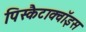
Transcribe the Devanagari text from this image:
पिस्कैटाक्वॉइस